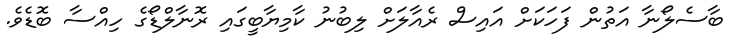
ބާސެލޯނާ އަތުން ފަހަކަށް އައިސް ރެއާލަށް ލިބުނު ކާމިޔާބީގައި ރޮނާލްޑޯގެ ހިއްސާ ބޮޑެވެ.